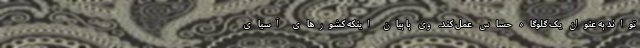
تواند به عنوان یک گلوگاه حساس عمل کند. وی با بیان اینکه کشورهای آسیای